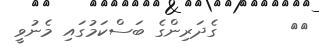
٢٥       ގެދަރިންގެ ބަސްކަމުގައި މެނުވީ